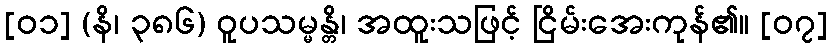
[၀၁] (နိ၊ ၃၈၆) ဝူပသမ္မန္တိ၊ အထူးသဖြင့် ငြိမ်းအေးကုန်၏။ [၀၇]